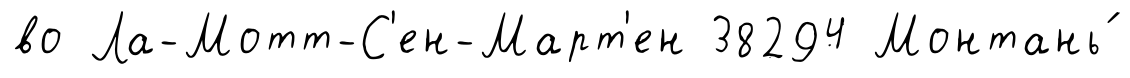
во Ла-Мотт-С'ен-Март'ен 38294 Монтань́